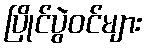
ပြိုင်ပွဲဝင်များ